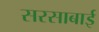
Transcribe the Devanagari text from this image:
सरसाबाई